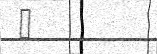
١